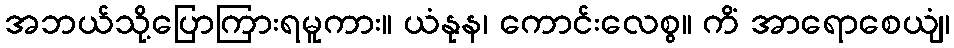
အဘယ်သို့ပြောကြားရမူကား။ ယံနုန၊ ကောင်းလေစွ။ ကိံ အာရောစေယျံ၊